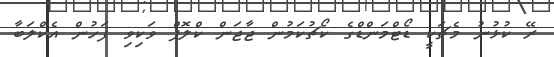
ރޭ ކުޅުނު މެޗަކީ ޑޯޓްމަންޑްގެ ކޯޗުކަމުން ޖާޖަން ކްލޮޕް ވަކިވި ފަހުން އެކްލަބާ